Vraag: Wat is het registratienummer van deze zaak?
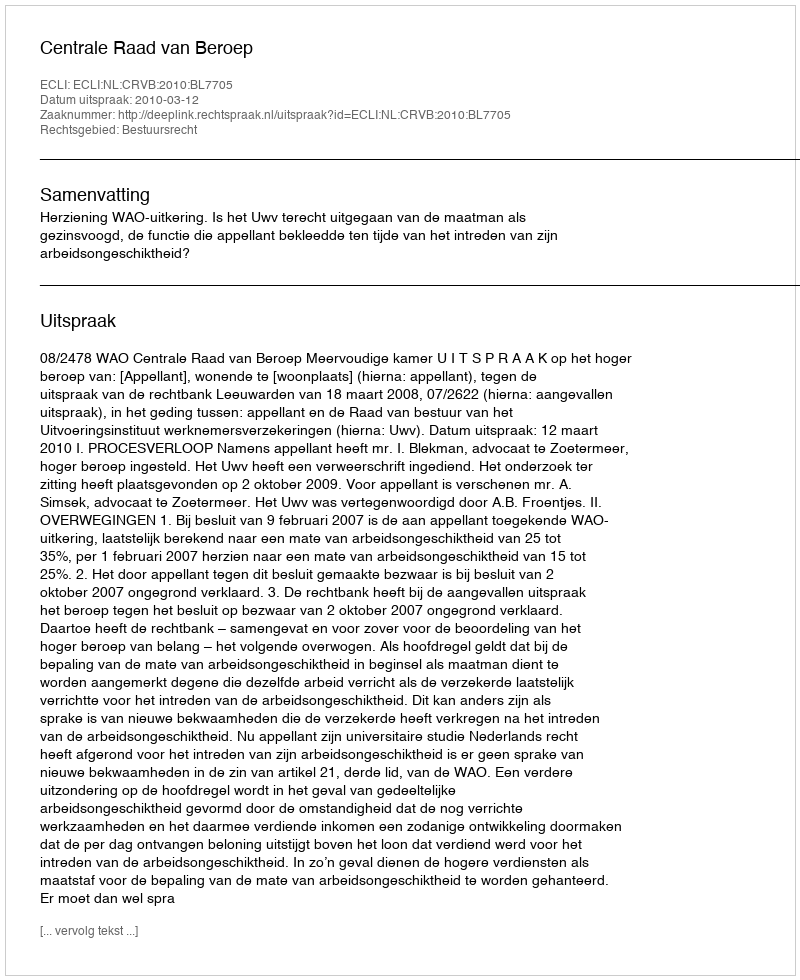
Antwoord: http://deeplink.rechtspraak.nl/uitspraak?id=ECLI:NL:CRVB:2010:BL7705